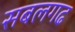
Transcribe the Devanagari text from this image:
सबलगढ